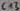
Text: C13